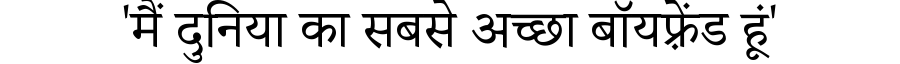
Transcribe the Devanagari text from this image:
'मैं दुनिया का सबसे अच्छा बॉयफ़्रेंड हूं'